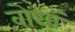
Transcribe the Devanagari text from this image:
वोघां